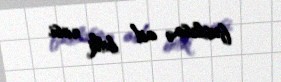
fəsiləsinə aid bitki cinsi.